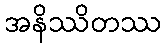
အနိဿိတဿ